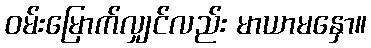
ဝမ်းမြောက်လျှင်လည်း မာယာမနှော။